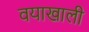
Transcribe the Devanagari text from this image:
वयाखाली